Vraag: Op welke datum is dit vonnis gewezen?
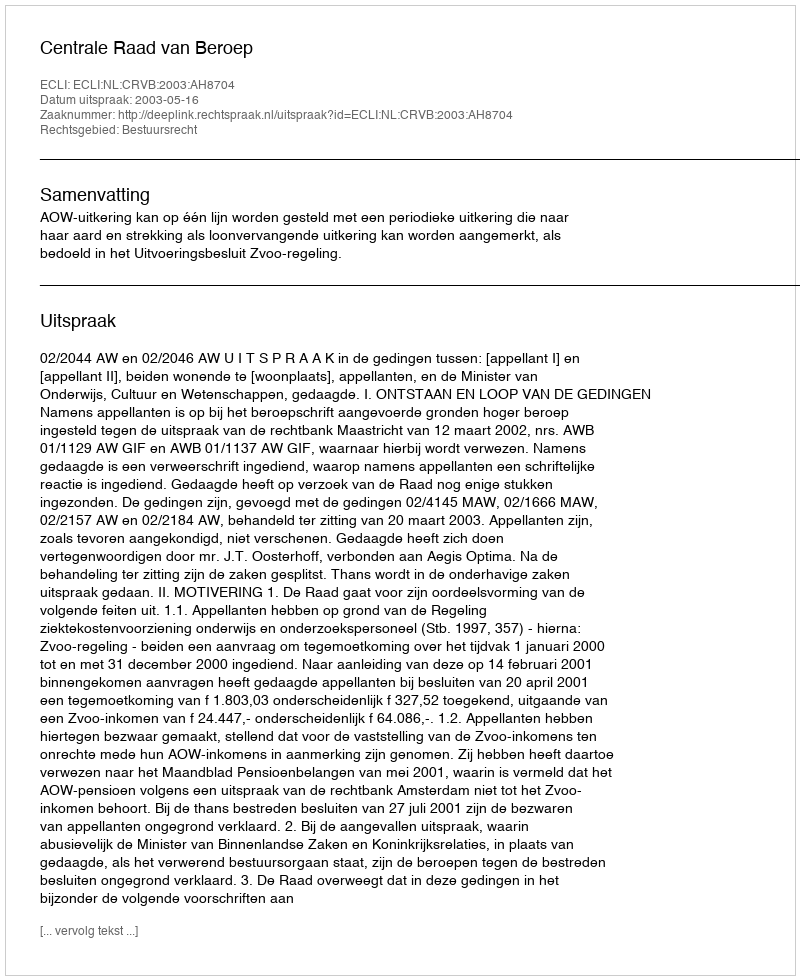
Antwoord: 2003-05-16